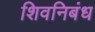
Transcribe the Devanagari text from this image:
शिवनिबंध